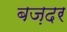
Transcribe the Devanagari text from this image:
बज़दर